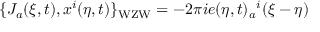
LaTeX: \{ J _ { a } ( \xi , t ) , x ^ { i } ( \eta , t ) \} _ { \mathrm { W Z W } } = - 2 \pi i e ( \eta , t ) _ { a } { } ^ { i } \d ( \xi - \eta )